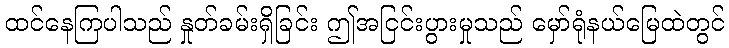
ထင်နေကြပါသည် နှုတ်ခမ်းရှိခြင်း ဤအငြင်းပွားမှုသည် မှော်ရုံနယ်မြေထဲတွင်